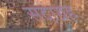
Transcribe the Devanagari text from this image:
सदाग्रह